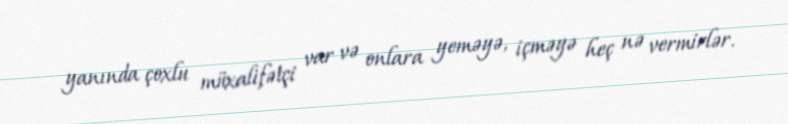
yanında çoxlu müxalifətçi var və onlara yeməyə, içməyə heç nə vermirlər.